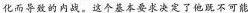
化而导致的内战。这个基本要求决定了他既不可能